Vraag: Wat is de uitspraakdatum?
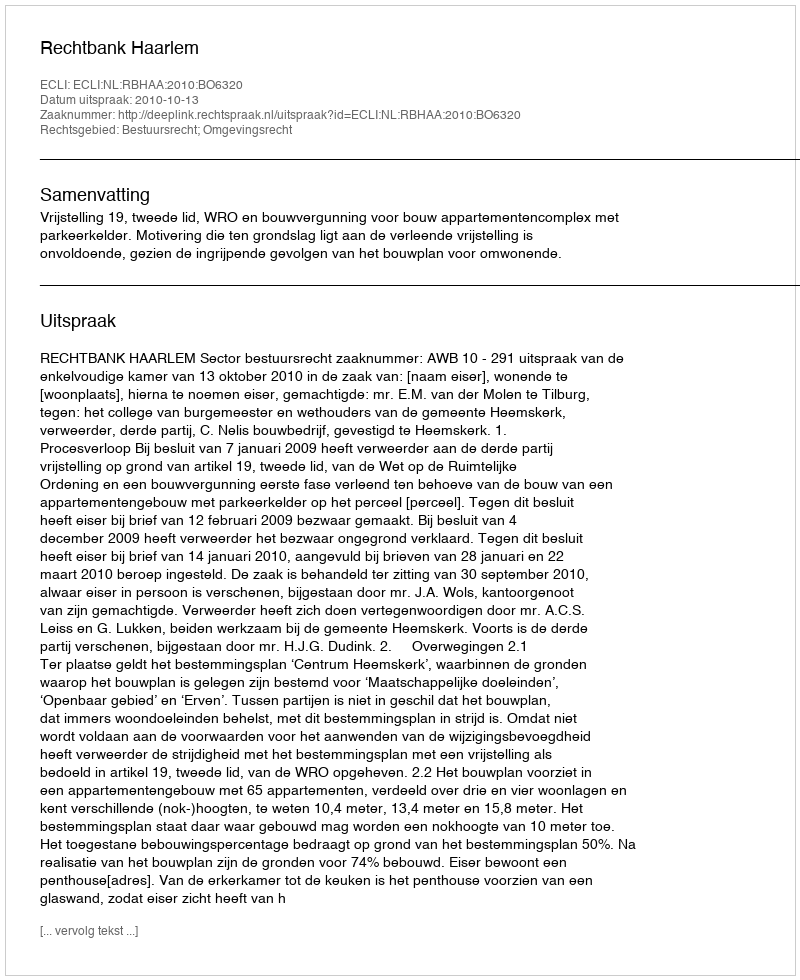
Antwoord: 2010-10-13